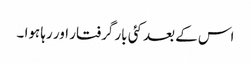
اس کے بعد کئی بار گرفتار اور رہا ہوا ۔